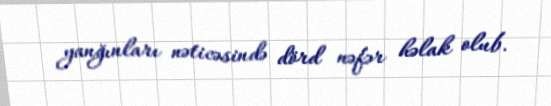
yanğınları nəticəsində dörd nəfər həlak olub.